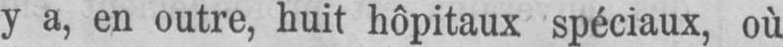
y a, en outre, huit hôpitaux spéciaux, où